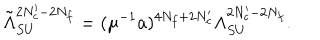
\tilde { \Lambda } _ { S U } ^ { 2 N _ { c } ^ { \prime } - 2 N _ { f } } = ( \mu ^ { - 1 } a ) ^ { 4 N _ { f } + 2 N _ { c } ^ { \prime } } \Lambda _ { S U } ^ { 2 N _ { c } ^ { \prime } - 2 N _ { f } } .